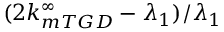
( 2 k _ { m T G D } ^ { \infty } - \lambda _ { 1 } ) / \lambda _ { 1 }